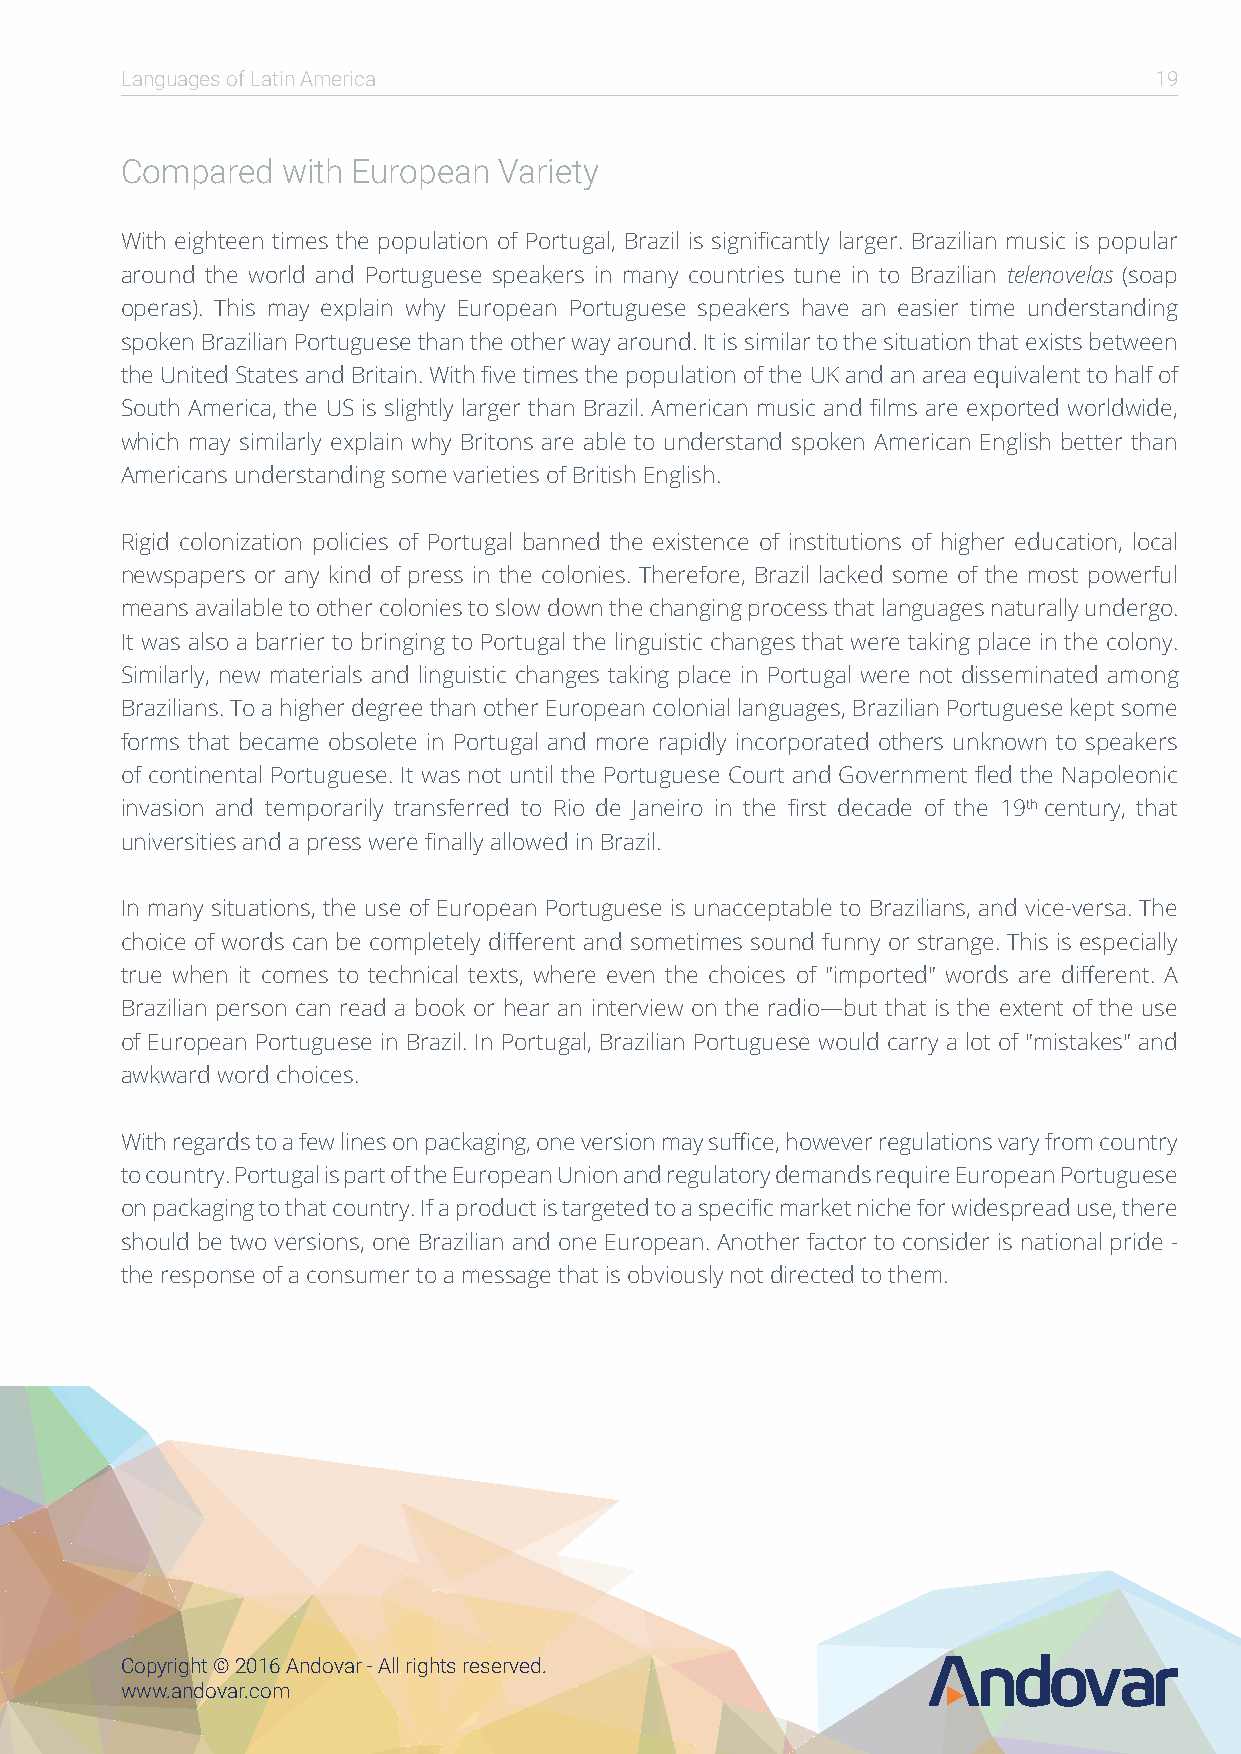
Languages of Latin America                                          19
 Compared   with European Variety
 With eighteen times the population of Portugal, Brazil is significantly larger. Brazilian music is popular
 around the world and Portuguese speakers in many countries tune in to Brazilian telenovelas (soap
 operas). This may explain why European Portuguese speakers have an easier time understanding
 spoken Brazilian Portuguese than the other way around. It is similar to the situation that exists between
 the United States and Britain. With five times the population of the UK and an area equivalent to half of
 South America, the US is slightly larger than Brazil. American music and films are exported worldwide,
 which may similarly explain why Britons are able to understand spoken American English better than
 Americans understanding some varieties of British English.
 Rigid colonization policies of Portugal banned the existence of institutions of higher education, local
 newspapers or any kind of press in the colonies. Therefore, Brazil lacked some of the most powerful
 means available to other colonies to slow down the changing process that languages naturally undergo.
 It was also a barrier to bringing to Portugal the linguistic changes that were taking place in the colony.
 Similarly, new materials and linguistic changes taking place in Portugal were not disseminated among
 Brazilians. To a higher degree than other European colonial languages, Brazilian Portuguese kept some
 forms that became obsolete in Portugal and more rapidly incorporated others unknown to speakers
 of continental Portuguese. It was not until the Portuguese Court and Government fled the Napoleonic
 invasion and temporarily transferred to Rio de Janeiro in the first decade of the 19th century, that
 universities and a press were finally allowed in Brazil.
 In many situations, the use of European Portuguese is unacceptable to Brazilians, and vice-versa. The
 choice of words can be completely different and sometimes sound funny or strange. This is especially
 true when it comes to technical texts, where even the choices of "imported" words are different. A
 Brazilian person can read a book or hear an interview on the radio—but that is the extent of the use
 of European Portuguese in Brazil. In Portugal, Brazilian Portuguese would carry a lot of "mistakes" and
 awkward word choices.
 With regards to a few lines on packaging, one version may suffice, however regulations vary from country
 to country. Portugal is part of the European Union and regulatory demands require European Portuguese
 on packaging to that country. If a product is targeted to a specific market niche for widespread use, there
 should be two versions, one Brazilian and one European. Another factor to consider is national pride -
 the response of a consumer to a message that is obviously not directed to them.
 Copyright © 2016 Andovar - All rights reserved.
 www.andovar.com